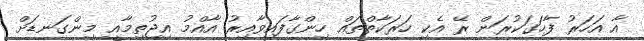
އާ އަހަރު ފާހަގަކުރަން ރޭ އެކި ހަރަކާތްތައް ހިންގާފައިވާއިރު އާއްމު އިޖުތިމާއީ މިންގަނޑަށް